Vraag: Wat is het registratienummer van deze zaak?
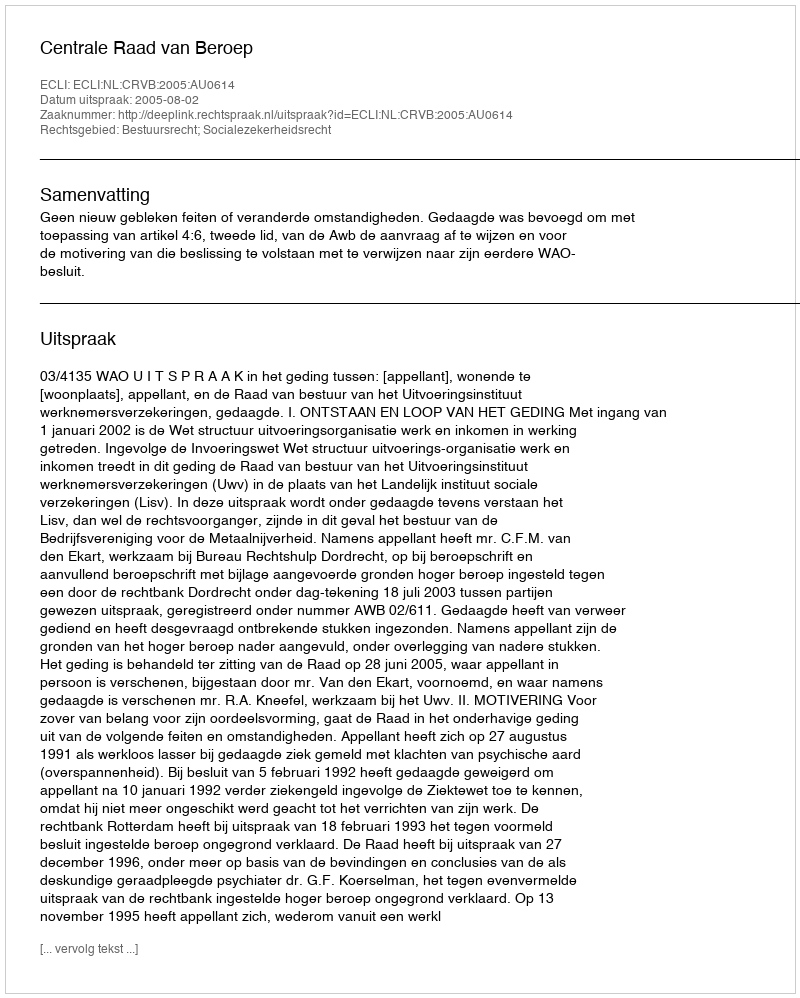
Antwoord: http://deeplink.rechtspraak.nl/uitspraak?id=ECLI:NL:CRVB:2005:AU0614